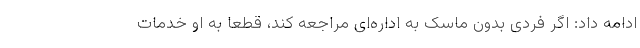
ادامه داد: اگر فردی بدون ماسک به اداره‌ای مراجعه کند، قطعا به او خدمات